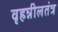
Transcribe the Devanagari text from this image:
वृहन्नीलतंत्र